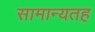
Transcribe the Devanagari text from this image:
सामान्यतह